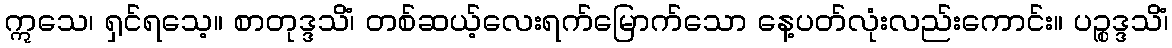
ဣသေ၊ ရှင်ရသေ့။ စာတုဒ္ဒသိံ၊ တစ်ဆယ့်လေးရက်မြောက်သော နေ့ပတ်လုံးလည်းကောင်း။ ပဉ္စဒ္ဒသိံ၊